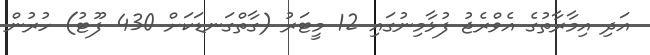
އަދި އިމާރާތުގެ އެވްރެޖު ފުޅާމިނުގައި 12 މީޓަރު (ގާތްގަނޑަކަށް 430 ފޫޓު) ހުރުން